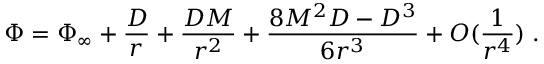
\Phi = \Phi _ { \infty } + \frac { D } { r } + \frac { D M } { r ^ { 2 } } + \frac { 8 M ^ { 2 } D - D ^ { 3 } } { 6 r ^ { 3 } } + O ( \frac { 1 } { r ^ { 4 } } ) \; .